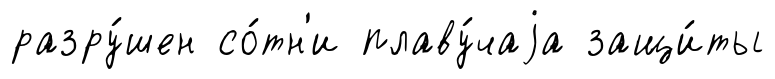
разру́шен со́тн'и плаву́чаjа защи́ты